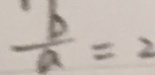
\frac { b } { a } = 2